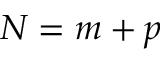
N = m + p